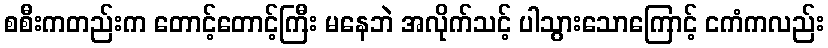
စစီးကတည်းက တောင့်တောင့်ကြီး မနေဘဲ အလိုက်သင့် ပါသွားသောကြောင့် ငကံကလည်း